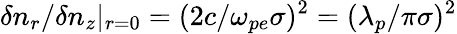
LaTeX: \delta n_{r}/\delta n_{z}|_{r=0}=(2c/\omega_{pe}\sigma)^{2}=(\lambda_{p}/\pi\sigma)^{2}